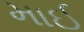
માઈ